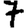
Digit: 7